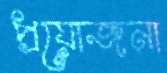
প্রয়োজনা